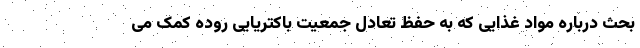
بحث درباره مواد غذایی که به حفظ تعادل جمعیت باکتریایی روده کمک می